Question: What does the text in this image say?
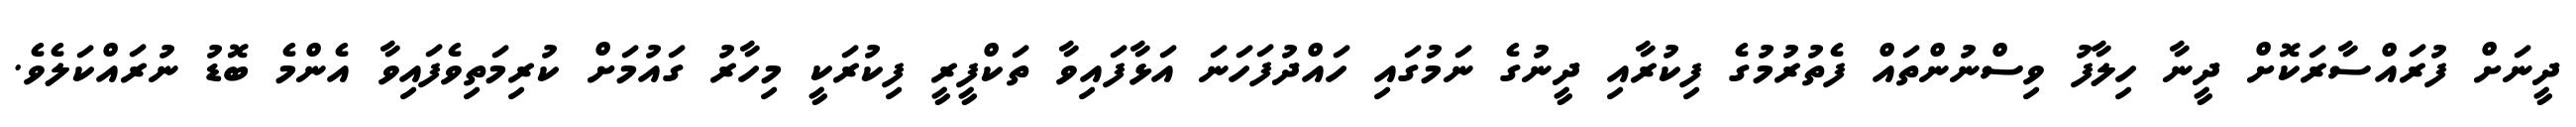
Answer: ދީނަށް ފުރައްސާރަކޮށް ދީނާ ހިލާފު ވިސްނުންތައް ފެތުރުމުގެ ފިކުރާއި ދީނުގެ ނަމުގައި ހައްދުފަހަނަ އަޅާފައިވާ ތަކްފީރީ ފިކުރަކީ މިހާރު ގައުމަށް ކުރިމަތިވެފައިވާ އެންމެ ބޮޑު ނުރައްކަލެވެ.